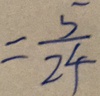
= \frac { 5 } { 2 4 }